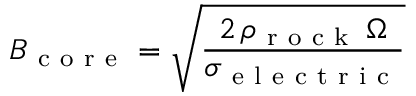
B _ { \mathrm { ~ c ~ o ~ r ~ e ~ } } = \sqrt { \frac { 2 \, \rho _ { \mathrm { ~ r ~ o ~ c ~ k ~ } } \, \Omega } { \sigma _ { \mathrm { ~ e ~ l ~ e ~ c ~ t ~ r ~ i ~ c ~ } } } }